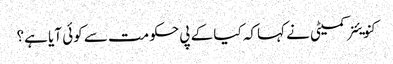
کنویئنر کمیٹی نے کہاکہ کیا کے پی حکومت سے کوئی آیا ہے؟